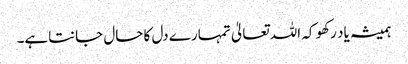
ہمیشہ یاد رکھو کہ اللہ تعالیٰ تمہارے دل کا حال جانتاہے۔